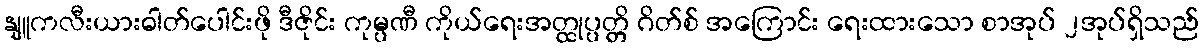
နျူကလီးယားဓါတ်ပေါင်းဖို ဒီဇိုင်း ကုမ္ပဏီ ကိုယ်ရေးအတ္ထုပ္ပတ္တိ ဂိတ်စ် အကြောင်း ရေးထားသော စာအုပ် ၂အုပ်ရှိသည်